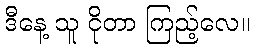
ဒီနေ့ သူ ငိုတာ ကြည့်လေ။